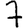
Digit: 7